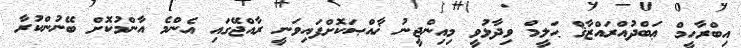
އިބްރާހީމް ޢަބްދުއްރައްޒާޤް ޙަލީމް ވިދާޅުވީ މިއިންޖީނު ޚާއްޞަކޮށްފައިވަނީ ރާއްޖޭގައި އެންމެ އާންމުކޮށް ބޭނުންކުރާ